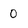
Character: 0